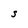
Character: S